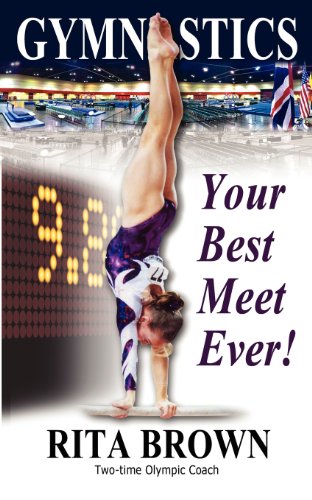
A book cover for Gymnastics: Your Best Meet Ever!; Rita Brown; Sports & Outdoors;